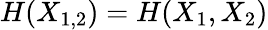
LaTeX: H(X_{1,2})=H(X_{1},X_{2})